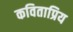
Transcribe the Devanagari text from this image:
कविताप्रिय